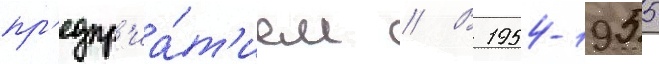
пр'едпр'иа́т'ием // В 1954-1955